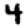
Digit: 4